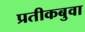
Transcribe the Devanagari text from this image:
प्रतीकबुवा